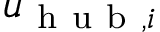
u _ { \mathrm { ~ h ~ u ~ b ~ } , i }